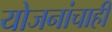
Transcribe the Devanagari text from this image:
योजनांचाही